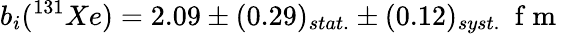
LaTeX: b_{i}(^{131}Xe)=2.09\pm(0.29)_{stat.}\pm(0.12)_{syst.}\space\mathrm{~f~m~}